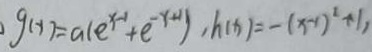
g ( x ) = a ( e ^ { x - 1 } + e ^ { - x + 1 } ) , h ( x ) = - ( x - 1 ) ^ { 2 } + 1 ,